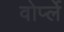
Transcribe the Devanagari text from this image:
वोर्प्ले